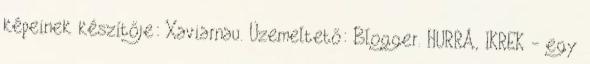
képeinek készítője: Xaviarnau. Üzemeltető: Blogger. HURRÁ, IKREK - egy